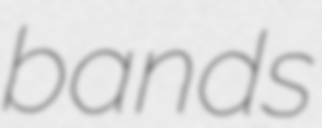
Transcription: bands